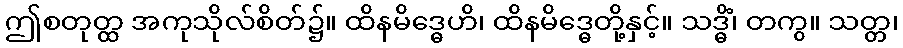
ဤစတုတ္ထ အကုသိုလ်စိတ်၌။ ထိနမိဒ္ဓေဟိ၊ ထိနမိဒ္ဓေတို့နှင့်။ သဒ္ဓိံ၊ တကွ။ သတ္တ၊